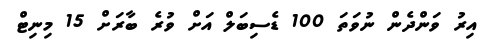
އިރު ވަންދެން ނުވަތަ 100 ޑެސިބަލް އަށް ވުރެ ބާރަށް 15 މިނިޓް